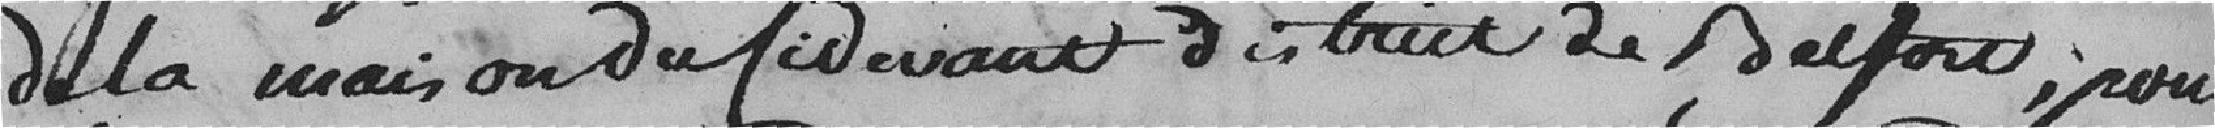
de la maison du ci-devant district de Belfort, pour